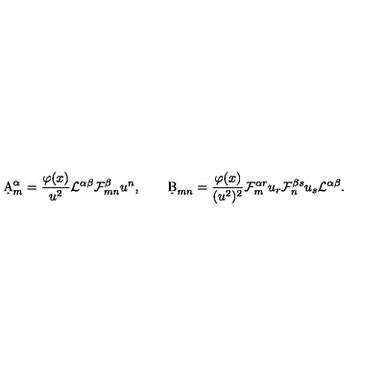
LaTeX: \d A _ { m } ^ { \alpha } = { \frac { \varphi ( x ) } { u ^ { 2 } } } { \cal L } ^ { \alpha \beta } { \cal F } _ { m n } ^ { \beta } u ^ { n } , \qquad \d B _ { m n } = { \frac { \varphi ( x ) } { ( u ^ { 2 } ) ^ { 2 } } } { \cal F } _ { m } ^ { \alpha r } u _ { r } { \cal F } _ { n } ^ { \beta s } u _ { s } { \cal L } ^ { \alpha \beta } .